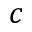
c